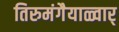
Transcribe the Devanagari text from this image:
तिरुमंगैयाळ्वार्